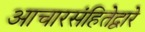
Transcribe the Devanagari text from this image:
आचारसंहितेद्वारे